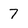
Character: 7